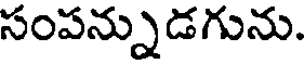
సంపన్నుడగును.